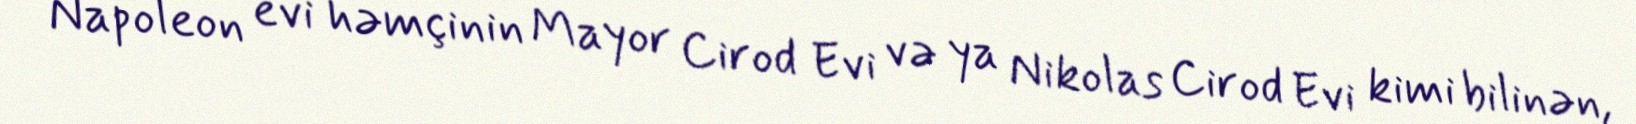
Napoleon evi həmçinin Mayor Cirod Evi və ya Nikolas Cirod Evi kimi bilinən,